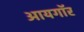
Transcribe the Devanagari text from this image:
आयगॉर